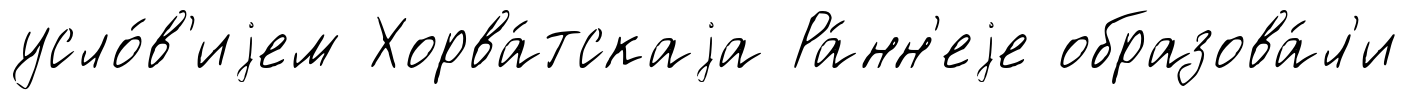
усло́в'иjем Хорва́тскаjа Ра́нн'еjе образова́л'и